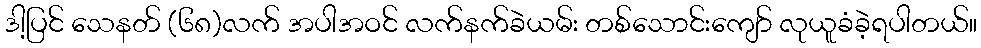
ဒါ့ပြင် သေနတ် (၆၈)လက် အပါအဝင် လက်နက်ခဲယမ်း တစ်သောင်းကျော် လုယူခံခဲ့ရပါတယ်။